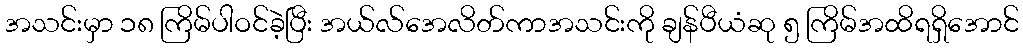
အသင်းမှာ ၁၈ ကြိမ်ပါဝင်ခဲ့ပြီး အယ်လ်အေလိတ်ကာအသင်းကို ချန်ပီယံဆု ၅ ကြိမ်အထိရရှိအောင်